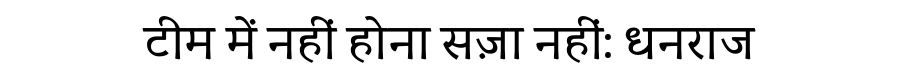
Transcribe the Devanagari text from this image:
टीम में नहीं होना सज़ा नहीं: धनराज